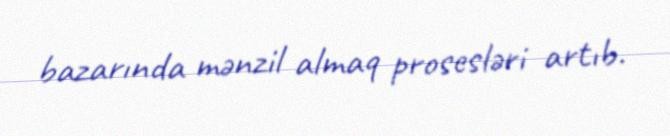
bazarında mənzil almaq prosesləri artıb.